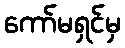
ကော်မရှင်မှ